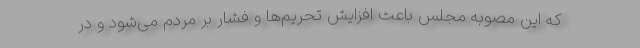
که این مصوبه مجلس باعث افزایش تحریم‌ها و فشار بر مردم می‌شود و در